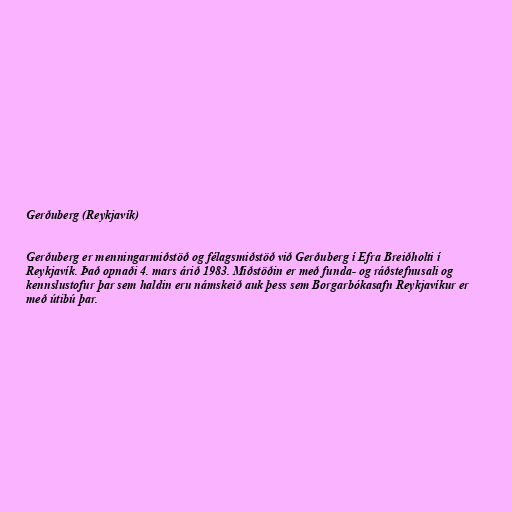
Gerðuberg (Reykjavík)

Gerðuberg er menningarmiðstöð og félagsmiðstöð við Gerðuberg í Efra Breiðholti í
Reykjavík. Það opnaði 4. mars árið 1983. Miðstöðin er með funda- og ráðstefnusali og
kennslustofur þar sem haldin eru námskeið auk þess sem Borgarbókasafn Reykjavíkur er
með útibú þar.